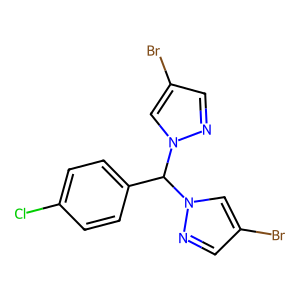
SMILES: Clc1ccc(C(n2cc(Br)cn2)n2cc(Br)cn2)cc1
Inhibits HIV replication: No